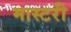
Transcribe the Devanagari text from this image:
मास्‍टरी